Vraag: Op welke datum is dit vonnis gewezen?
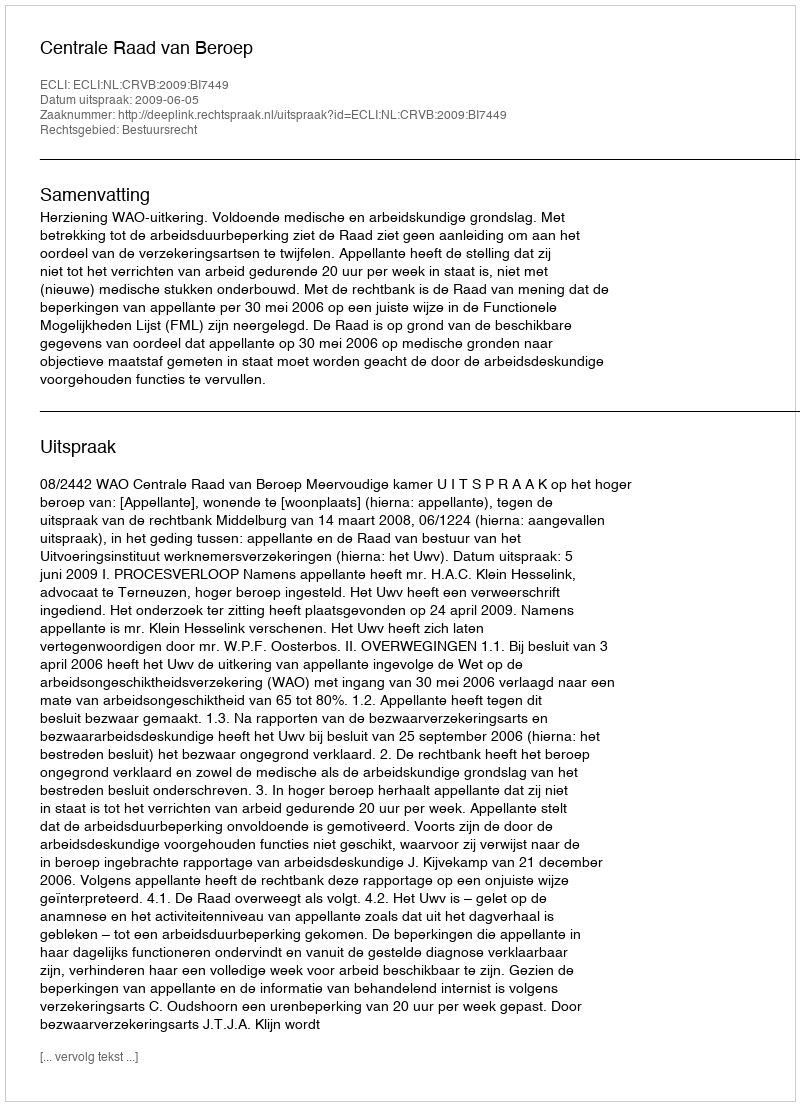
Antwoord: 2009-06-05